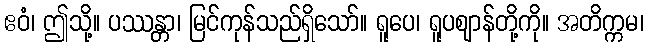
ဧဝံ၊ ဤသို့။ ပဿန္တာ၊ မြင်ကုန်သည်ရှိသော်။ ရူပေ၊ ရူပဈာန်တို့ကို။ အတိက္ကမ၊